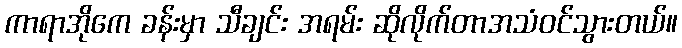
ကာရာအိုကေ ခန်းမှာ သီချင်း အရမ်း ဆိုလိုက်တာအသံဝင်သွားတယ်။